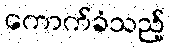
ကောက်ခံသည့်